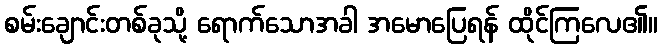
စမ်းချောင်းတစ်ခုသို့ ရောက်သောအခါ အမောပြေရန် ထိုင်ကြလေ၏။